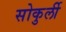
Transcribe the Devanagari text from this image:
सोकुर्ली